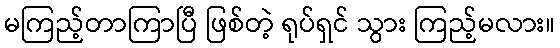
မကြည့်တာကြာပြီ ဖြစ်တဲ့ ရုပ်ရှင် သွား ကြည့်မလား။